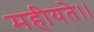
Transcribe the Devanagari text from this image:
महीयते।।